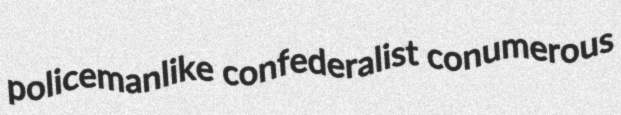
policemanlike confederalist conumerous